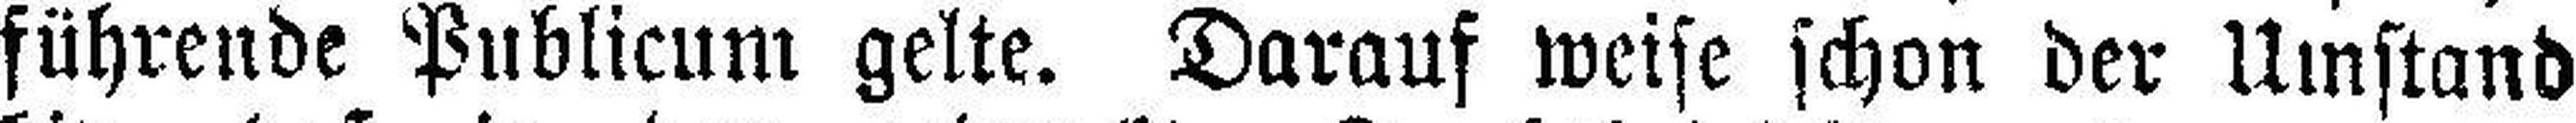
führende Publicum gelte. Darauf weise schon der Umstand